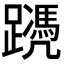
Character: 𨆱